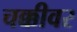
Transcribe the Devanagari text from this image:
चक्कीवर